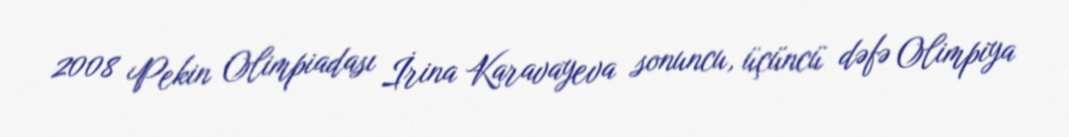
2008 Pekin Olimpiadası İrina Karavayeva sonuncu, üçüncü dəfə Olimpiya